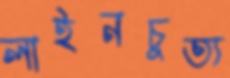
লাইনচুত্য